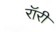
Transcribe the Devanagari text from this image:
रॉरी